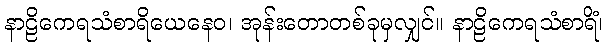
နာဠိကေရသံစာရိယေနေဝ၊ အုန်းတောတစ်ခုမှလျှင်။ နာဠိကေရသံစာရိံ၊